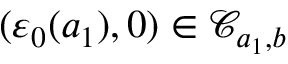
( \varepsilon _ { 0 } ( a _ { 1 } ) , 0 ) \in \mathcal { C } _ { a _ { 1 } , b }